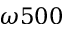
\omega 5 0 0